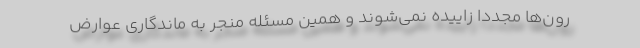
رون‌ها مجدداً زاییده نمی‌شوند و همین مسئله منجر به ماندگاری عوارض